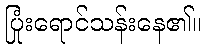
ပြုံးရောင်သန်းနေ၏။